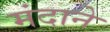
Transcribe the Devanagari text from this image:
मंदाने